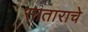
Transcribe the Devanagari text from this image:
साताराचे